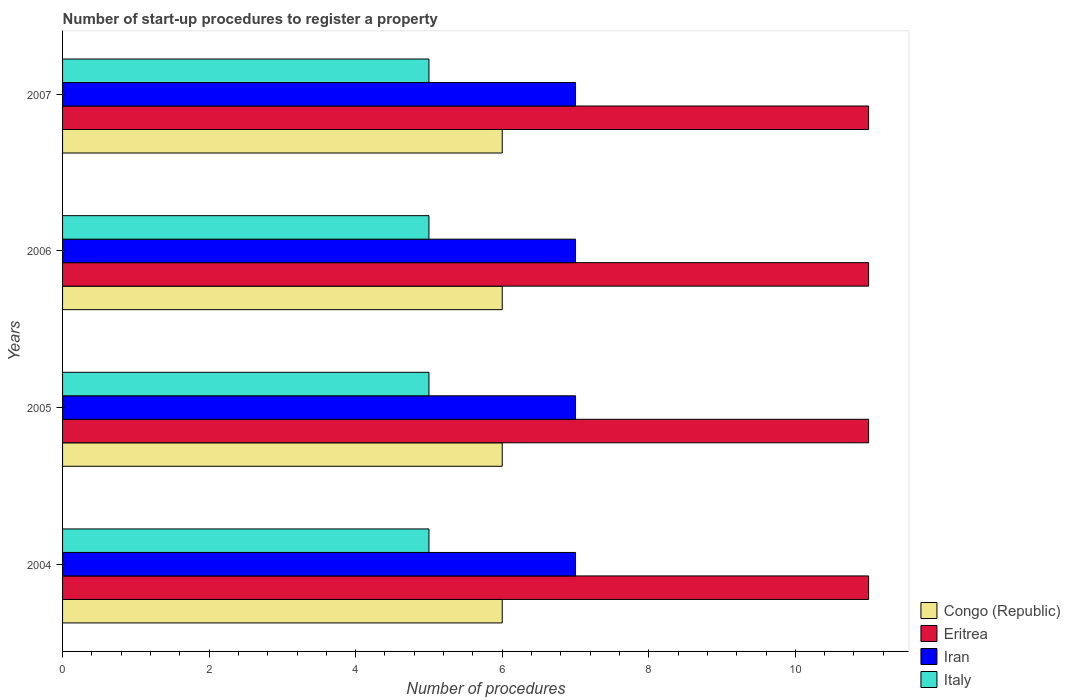
| Years | Congo (Republic) | Eritrea | Iran | Italy |
 | --- | --- | --- | --- | --- |
 | 2004 | 6 | 11 | 7 | 5 |
 | 2005 | 6 | 11 | 7 | 5 |
 | 2006 | 6 | 11 | 7 | 5 |
 | 2007 | 6 | 11 | 7 | 5 |